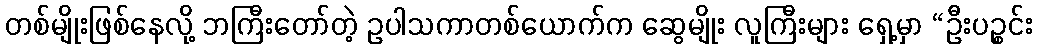
တစ်မျိုးဖြစ်နေလို့ ဘကြီးတော်တဲ့ ဥပါသကာတစ်ယောက်က ဆွေမျိုး လူကြီးများ ရှေ့မှာ “ဦးပဉ္စင်း